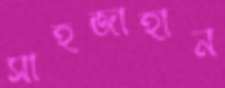
সাহজাহান